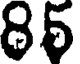
85